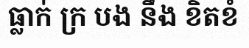
ធ្លាក់ ក្រ បង នឹង ខិតខំ